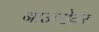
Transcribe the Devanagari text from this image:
नाउव्हेयर